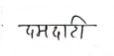
मजकूर: दमदारी